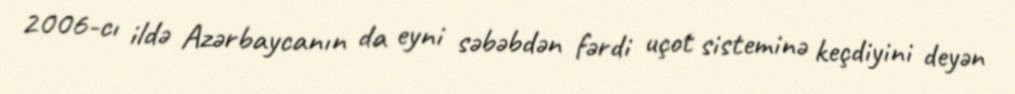
2006-cı ildə Azərbaycanın da eyni səbəbdən fərdi uçot sisteminə keçdiyini deyən